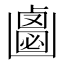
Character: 𠚝